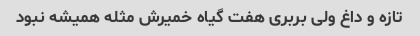
تازه و داغ ولی بربری هفت گیاه خمیرش مثله همیشه نبود